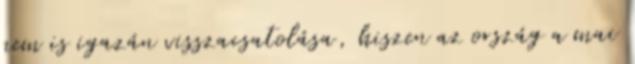
nem is igazán visszacsatolása, hiszen az ország a mai